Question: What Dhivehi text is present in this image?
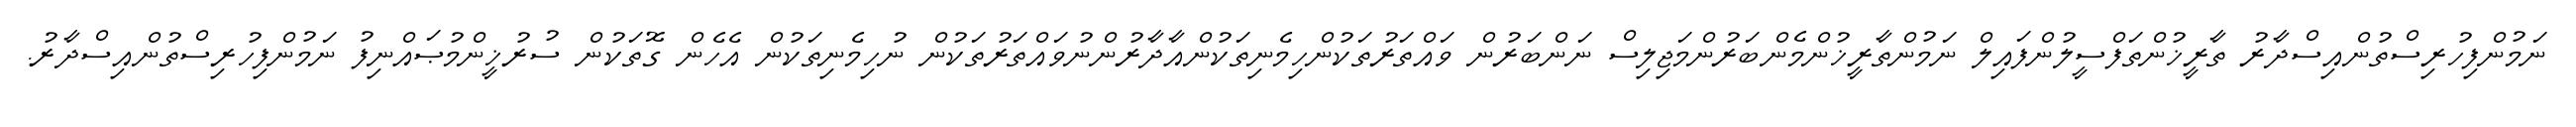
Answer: ނަމުންފިހުރިސްތުންއިސްދާރު ތާރީޚުންތަފްސީލުންފައިލް ނަމުންތާރީޚުންމެންބަރުންމަޖިލިސް ނަންބަރުން ވައްތަރުތަކުންހިމެނިތަކުންއާދާރުންނުވައްތަރުތަކުން ނުހިމެނިތަކުން އެހެން ގޮތަކުން ސުރުޚީންމުޞައްނިފު ނަމުންފިހުރިސްތުންއިސްދާރު.